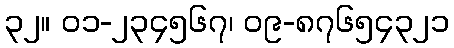
၃၂။ ၀၁-၂၃၄၅၆၇၊ ၀၉-၈၇၆၅၄၃၂၁